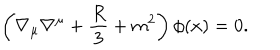
LaTeX: \left( \nabla _ { \mu } \nabla ^ { \mu } + \frac { R } { 3 } + m ^ { 2 } \right) \phi ( x ) = 0 .